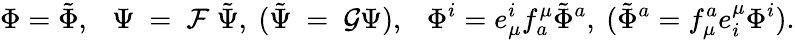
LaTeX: \Phi=\tilde{\Phi},~~~\Psi~=~{\cal F}~\tilde{\Psi},~(\tilde{\Psi}~=~{\cal G}{\Psi}),~~~\Phi^{i}=e_{\mu}^{i}f_{a}^{\mu}\tilde{\Phi}^{a},~(\tilde{\Phi}^{a}=f_{\mu}^{a}e_{i}^{\mu}{\Phi}^{i}).